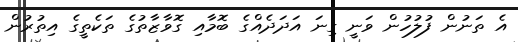
އެ ތަނުން ފުލުހުން ވަނީ ގިނަ އަދަދެއްގެ ބޮމާއި ގޮވާޒާތުގެ ތަކެތީގެ އިތުރުން